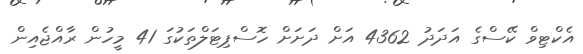
އެކްޓިވް ކޭސްގެ އަދަދު 4362 އަށް ދަށަށް ހޮސްޕިޓަލްތަކުގަ 41 މީހުން ރާއްޖެއިން